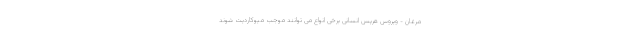
مرغان - ویروس هرپس انسانی برخی انواع می توانند موجب میوکاردیت شوند